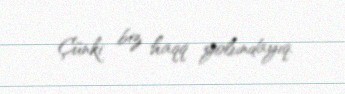
Çünki biz haqq yolundayıq.